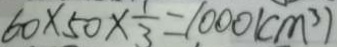
6 0 \times 5 0 \times \frac { 1 } { 3 } = 1 0 0 0 ( c m ^ { 3 } )